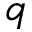
q